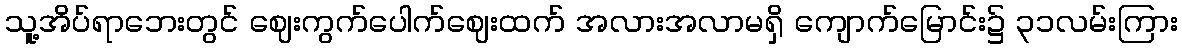
သူ့အိပ်ရာဘေးတွင် ဈေးကွက်ပေါက်ဈေးထက် အလားအလာမရှိ ကျောက်မြောင်း၌ ၃၁လမ်းကြား